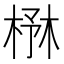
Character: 㮊